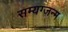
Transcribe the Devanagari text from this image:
सम्यग्जन्म